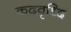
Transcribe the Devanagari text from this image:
कदवृध्दि